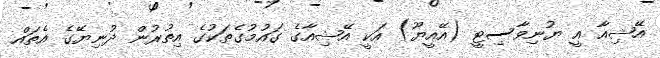
އޭޝިއާ އީ ޔުނިވާސިޓީ (އޭއީޔޫ) އަކީ އޭޝިއާގެ ގައުމުގެތަކުގެ އިތުރުން ދުނިޔޭގެ އެތައް